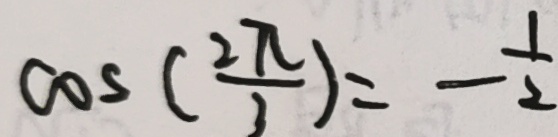
\cos ( \frac { 2 \pi } { 3 } ) = - \frac { 1 } { 2 }